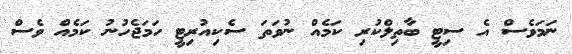
ނަމަވެސް އެ ސިޓީ ބާތިލްކުރި ކަމެއް ނުވަތަ ސެކިއުރިޓީ ހަަމަޖެހުނު ކަމެއް ވެސް